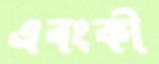
এবংকী